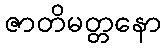
ဇာတိမတ္တနော